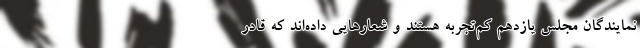
نمایندگان مجلس یازدهم کم‌تجربه هستند و شعارهایی داده‌اند که قادر